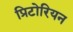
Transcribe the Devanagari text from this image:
प्रिटोरियन